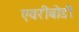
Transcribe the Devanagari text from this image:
एवरीबोडी